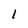
Character: 1